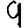
Digit: 9